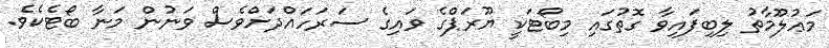
މަޢުލޫމާތު ލިބިފައިވާ ގޮތުގައި މިބޯޓަކީ ޔޫރަޕްގެ ވައިގެ ސަރަހައްދަށްވެސް ވަނުން މަނާ ބޯޓެކެވެ.